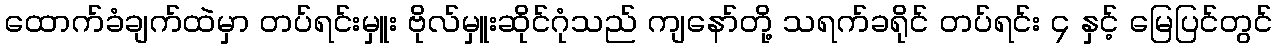
ထောက်ခံချက်ထဲမှာ တပ်ရင်းမှူး ဗိုလ်မှူးဆိုင်ဂုံသည် ကျနော်တို့ သရက်ခရိုင် တပ်ရင်း ၄ နှင့် မြေပြင်တွင်